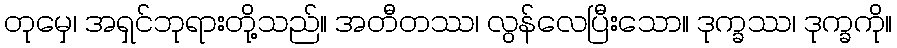
တုမှေ၊ အရှင်ဘုရားတို့သည်။ အတီတဿ၊ လွန်လေပြီးသော။ ဒုက္ခဿ၊ ဒုက္ခကို။